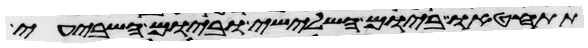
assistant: תתחטאו ביום השלישי וביום השביעי